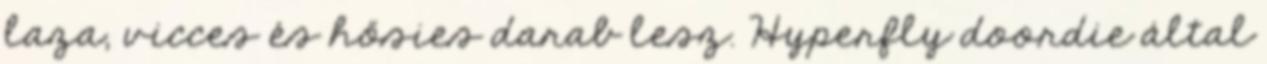
laza, vicces és hősies darab lesz. Hyperfly doordie által